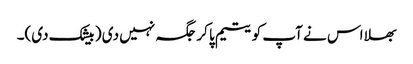
بھلا اس نے آپ کو یتیم پا کر جگہ نہیں دی ( بیشک دی)۔